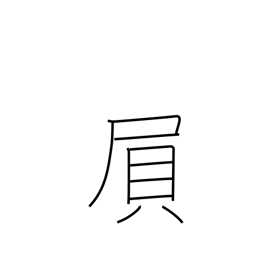
Meaning: exerting strength